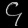
Digit: ၄